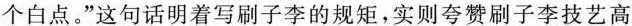
个白点。”这句话明着写刷子李的规矩,实则夸赞刷子李技艺高